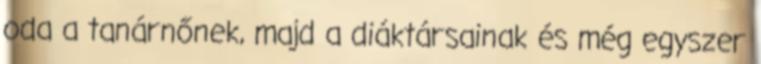
oda a tanárnőnek, majd a diáktársainak és még egyszer